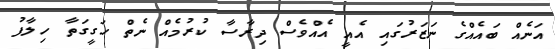
އަނެއް ބައެއްގެ ނަޒަރުގައި އެއީ އެއްވެސް ދިރާސާ ކުރުމެއް ނެތް ހަގީގަތާ ހިލާފު